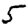
Digit: 5